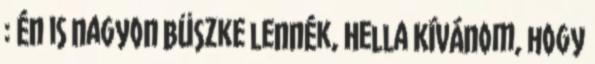
: Én is nagyon büszke lennék, Hella Kívánom, hogy